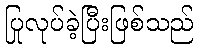
ပြုလုပ်ခဲ့ပြီးဖြစ်သည်